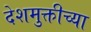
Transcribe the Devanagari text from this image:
देशमुक्तीच्या